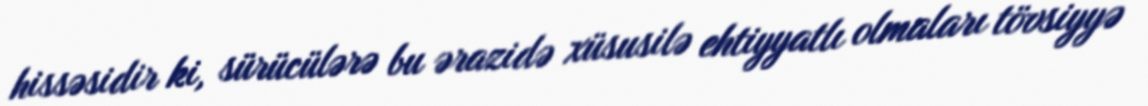
hissəsidir ki, sürücülərə bu ərazidə xüsusilə ehtiyyatlı olmaları tövsiyyə